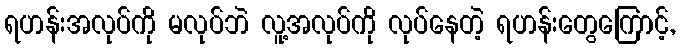
ရဟန်းအလုပ်ကို မလုပ်ဘဲ လူ့အလုပ်ကို လုပ်နေတဲ့ ရဟန်းတွေကြောင့်,